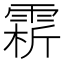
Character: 䨛